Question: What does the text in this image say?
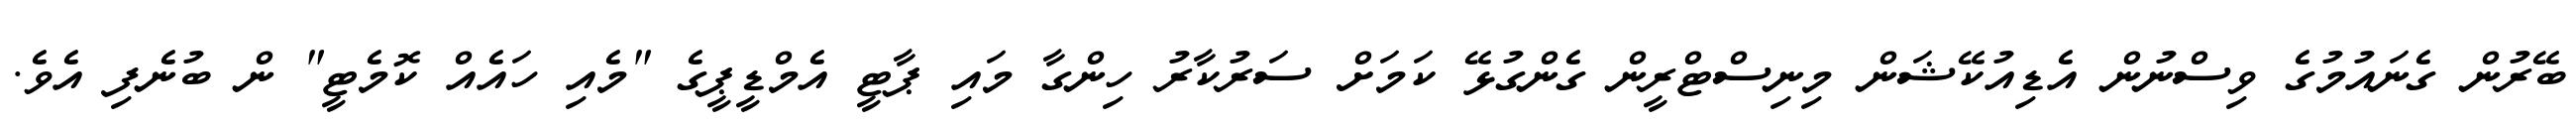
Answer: ބޭރުން ގެނައުމުގެ ވިސްނުން އެޑިއުކޭޝަން މިނިސްޓްރީން ގެންގުޅޭ ކަމަށް ސަރުކާރު ހިންގާ މައި ޕާޓީ އެމްޑީޕީގެ "މެއި ހައެއް ކޮމެޓީ" ން ބުނެފި އެވެ.